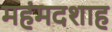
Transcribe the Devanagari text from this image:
महंमदशाह